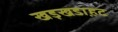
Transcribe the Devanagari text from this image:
खड़खडा़हट